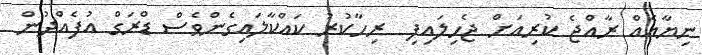
ނިޔާއެއް ރާއްޖެ ކުރިއަށް ޖެހިލައިފި  ރިހާކުރު ކައްކާލައިގެންވެސް ޑްރަގް އުފެއްދުން